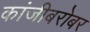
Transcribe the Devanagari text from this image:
कांजीबरोबर